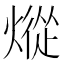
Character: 𰟕